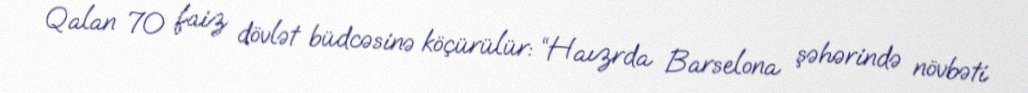
Qalan 70 faiz dövlət büdcəsinə köçürülür: “Haızrda Barselona şəhərində növbəti